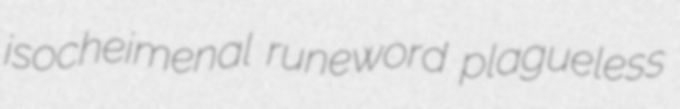
isocheimenal runeword plagueless